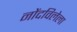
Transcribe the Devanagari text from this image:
नोंदविलेला